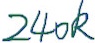
Text: 240K